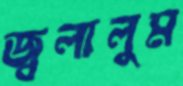
জ্বলালুম